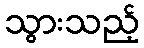
သွားသည့်